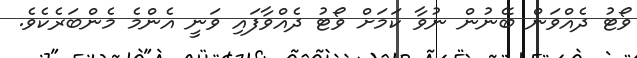
ވޯޓު ދެއްވަން ބޭނުން ނުވާ ކަމަށް ވޯޓު ދެއްވާފައި ވަނީ އެންމެ މެންބަރެކެވެ.